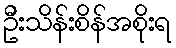
ဦးသိန်းစိန်အစိုးရ